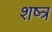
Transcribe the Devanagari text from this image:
शष्त्र